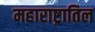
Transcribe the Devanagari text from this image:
महाराष्ट्रातिल